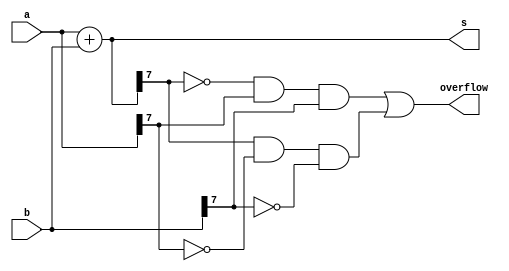
//2022_11_1 kerong
//Signed addition overflow
module top_module (
    input [7:0] a,
    input [7:0] b,
    output [7:0] s,
    output overflow
); //
 
    assign s = a + b;
    assign overflow = ~s[7]&a[7]&b[7] | s[7]&~a[7]&~b[7];

endmodule